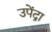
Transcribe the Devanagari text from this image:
उपेंद्रा